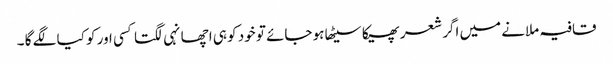
قافیہ ملانے میں اگر شعر پھیکا سیٹھا ہو جائے تو خود کو ہی اچھا نہی لگتا کسی اور کو کیا لگے گا ۔